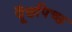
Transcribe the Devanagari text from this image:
पूँछपिच्छ